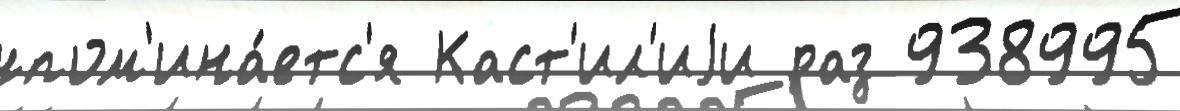
упом'ина́етс'я Каст'ил'иjи раз 938995